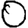
Digit: 0